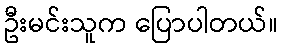
ဦးမင်းသူက ပြောပါတယ်။